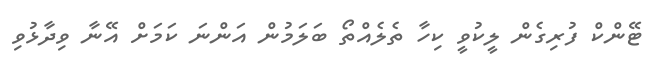
ޓޭންކް ފުރިގެން ލީކުވީ ކިހާ ތެލެއްތޯ ބަލަމުން އަންނަ ކަމަށް އޭނާ ވިދާޅުވި